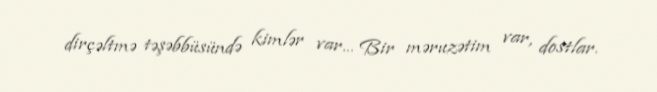
dirçəltmə təşəbbüsündə kimlər var... Bir məruzətim var, dostlar.